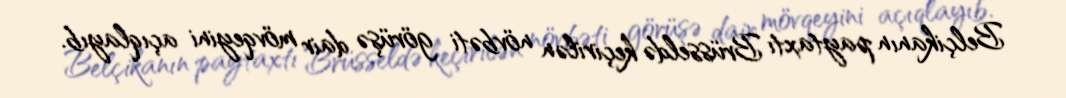
Belçikanın paytaxtı Brüsseldə keçirilən növbəti görüşə dair mövqeyini açıqlayıb.